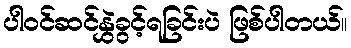
ပါဝင်ဆင်နွှဲခွင့်ရခြင်းပဲ ဖြစ်ပါတယ်။